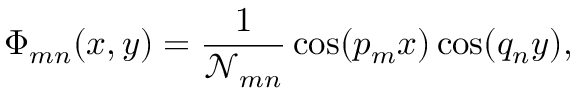
\Phi _ { m n } ( x , y ) = \frac { 1 } { \mathscr { N } _ { m n } } \cos ( p _ { m } x ) \cos ( q _ { n } y ) ,